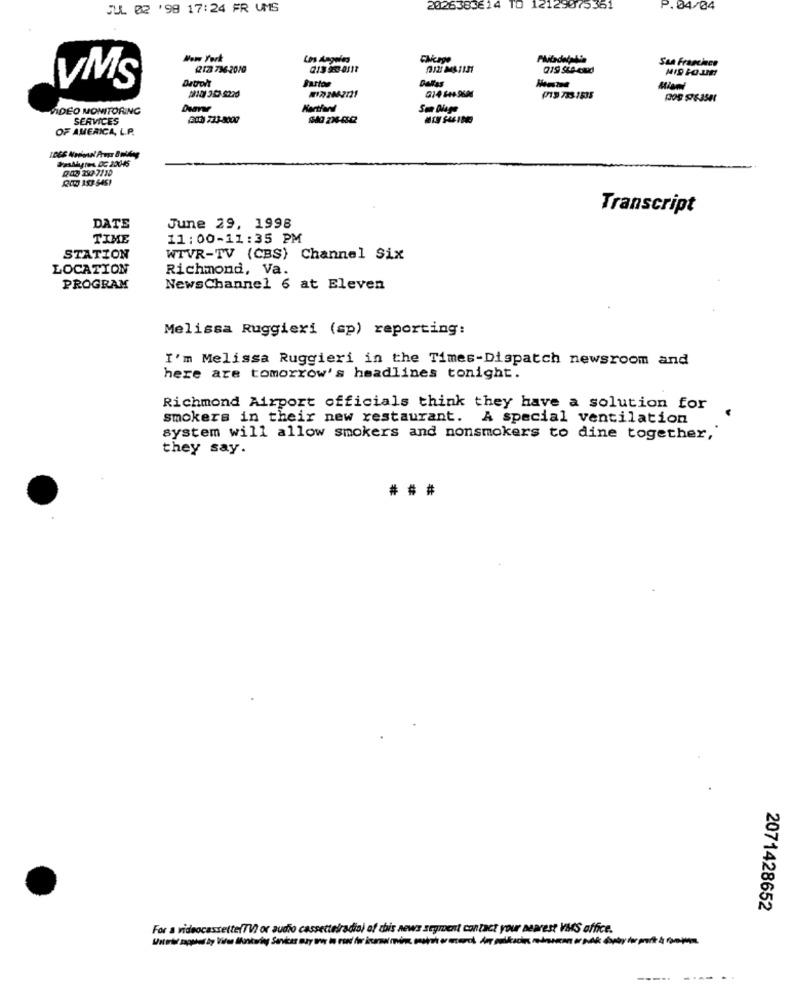
JUL 02 '98 17:24 FR UMS
2026385614 TO 12129075361
P. 04/04
New York
Los Angeles
ENcage
San Franchce
212 736-2010
Burton
Dallas
VMS
(10) 353-9225
P19 733 1535
ADEO MONITORING
SERVICES
ELE) 733-8007
OF AMERICA, L.P.
RIO 153-5451
Transcript
DATE
June 29, 1998
TIME
11:00-11:35 PM
STATION
WTVR-TV (CBS) Channel Six
LOCATION
Richmond, Va.
PROGRAM
NewsChannel 6 at Eleven
Melissa Ruggieri (sp) reporting:
I'm Melissa Ruggieri in the Times-Dispatch newsroom and
here are tomorrow's headlines tonight.
Richmond Airport officials think they have a solution for
smokers in their new restaurant. A special ventilation
system will allow smokers and nonsmokers to dine together,'
they say.
###
2071428652
For a videocassette(TV) or audio cassetteiradio) of this news segment contact your nearest VMS office.
---- ---